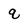
Character: q